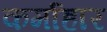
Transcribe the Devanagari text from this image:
कर्माहार